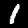
Digit: 1